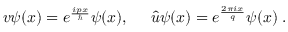
v \psi ( x ) = e ^ { \frac { i p x } { \hbar } } \psi ( x ) , \; \; \; \; \; \hat { u } \psi ( x ) = e ^ { \frac { 2 \pi i x } { q } } \psi ( x ) \; .